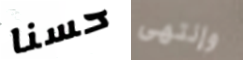
حسنا وإنتهى